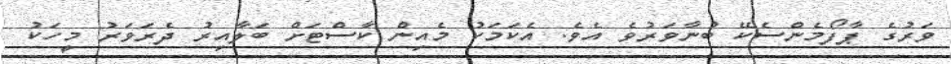
ވަރުގެ ޕާފޯމެންސެކޭ ބުނާވަރުވެ އެވެ. އެކަމަކު މެއިން ކާސްޓަށް ބަލާއިރު ދެރަވަރު މީހަކު